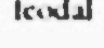
feodal